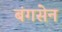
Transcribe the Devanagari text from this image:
बंगसेन